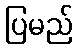
ပြမည်